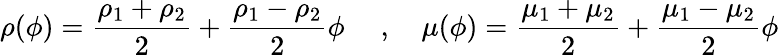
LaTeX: \rho(\phi)=\frac{{{\rho_{1}}+{\rho_{2}}}}{2}+\frac{{{\rho_{1}}-{\rho_{2}}}}{2}\phi\; \quad,\quad\mu(\phi)=\frac{{{\mu_{1}}+{\mu_{2}}}}{2}+\frac{{{\mu_{1}}-{\mu_{2}}}}{2}\phi